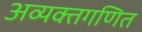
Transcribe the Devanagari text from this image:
अव्यक्तगणित